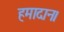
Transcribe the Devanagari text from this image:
हमादान।